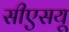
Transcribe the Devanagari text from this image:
सीएसयू